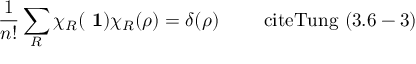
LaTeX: \frac { 1 } { n ! } \sum _ { R } \chi _ { R } ( \mathrm { { \bf ~ 1 } } ) \chi _ { R } ( \rho ) = \delta ( \rho ) \qquad \mathrm { \ c i t e { T u n g } ~ ( 3 . 6 - 3 ) }